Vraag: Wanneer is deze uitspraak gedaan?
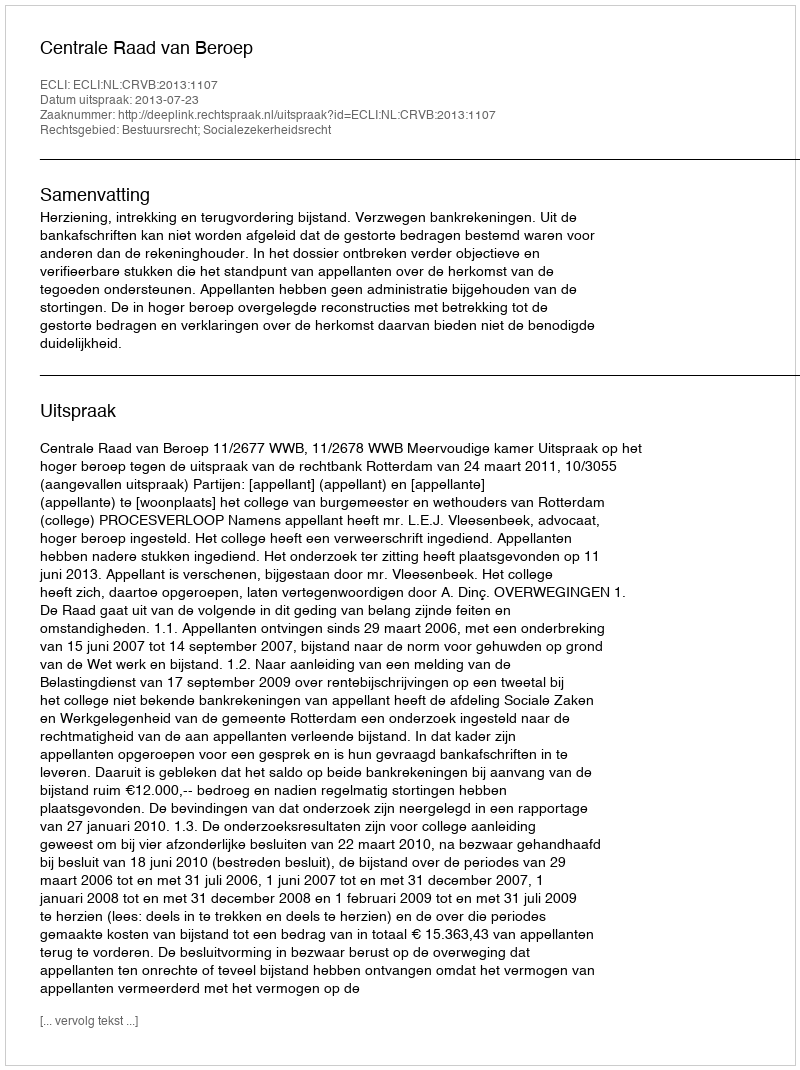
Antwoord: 2013-07-23